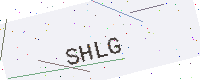
Text: SHLG